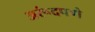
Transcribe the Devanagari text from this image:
अरूंदपणे